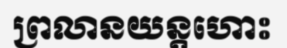
ព្រលានយន្តហោះ